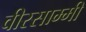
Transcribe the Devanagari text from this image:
वीरसाम्मी